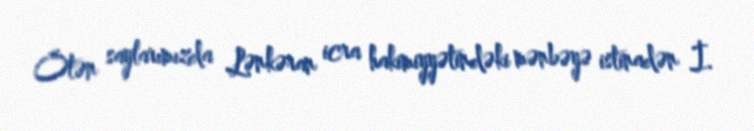
Ötən saylarımızda Lənkəran icra hakimiyyətindəki mənbəyə istinadən İ.